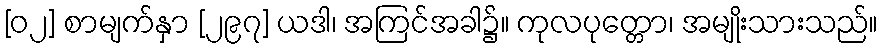
[၀၂] စာမျက်နှာ [၂၉၇] ယဒါ၊ အကြင်အခါ၌။ ကုလပုတ္တော၊ အမျိုးသားသည်။